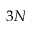
3 N